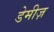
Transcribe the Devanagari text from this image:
डेमीज़